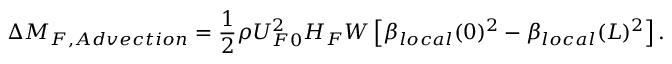
\Delta M _ { F , A d v e c t i o n } = \frac { 1 } { 2 } \rho U _ { F 0 } ^ { 2 } H _ { F } W \left[ \beta _ { l o c a l } ( 0 ) ^ { 2 } - \beta _ { l o c a l } ( L ) ^ { 2 } \right] .